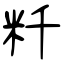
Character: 粁